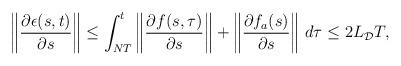
LaTeX: \begin{align*}\begin{aligned}\left\|\dfrac{\partial \epsilon(s,t)}{\partial s}\right\| \le \int_{NT}^t \left\|\dfrac{\partial f(s,\tau)}{\partial s}\right\|+\left\|\dfrac{\partial f_a(s)}{\partial s}\right\| \,d\tau \le 2 L_\mathcal{D} T,\end{aligned}\end{align*}